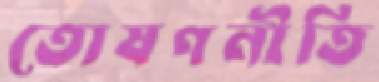
তোষণনীতি